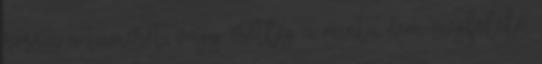
rossz a tűméret, vagy esetleg a minta nem megfelelő.